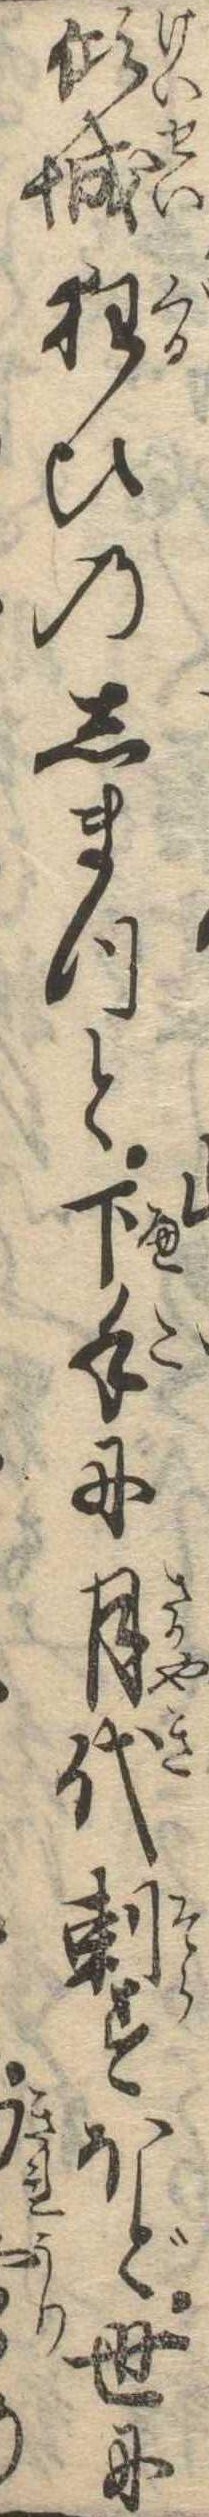
傾城狂ひのしまつと下手に月代刺すほど世に